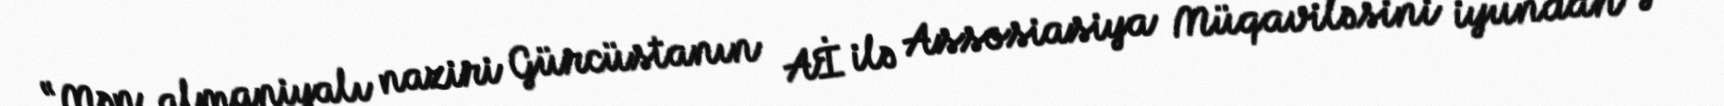
“Mən almaniyalı naziri Gürcüstanın Aİ ilə Assosiasiya Müqaviləsini iyundan gec